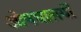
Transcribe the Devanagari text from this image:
ओषधालयों